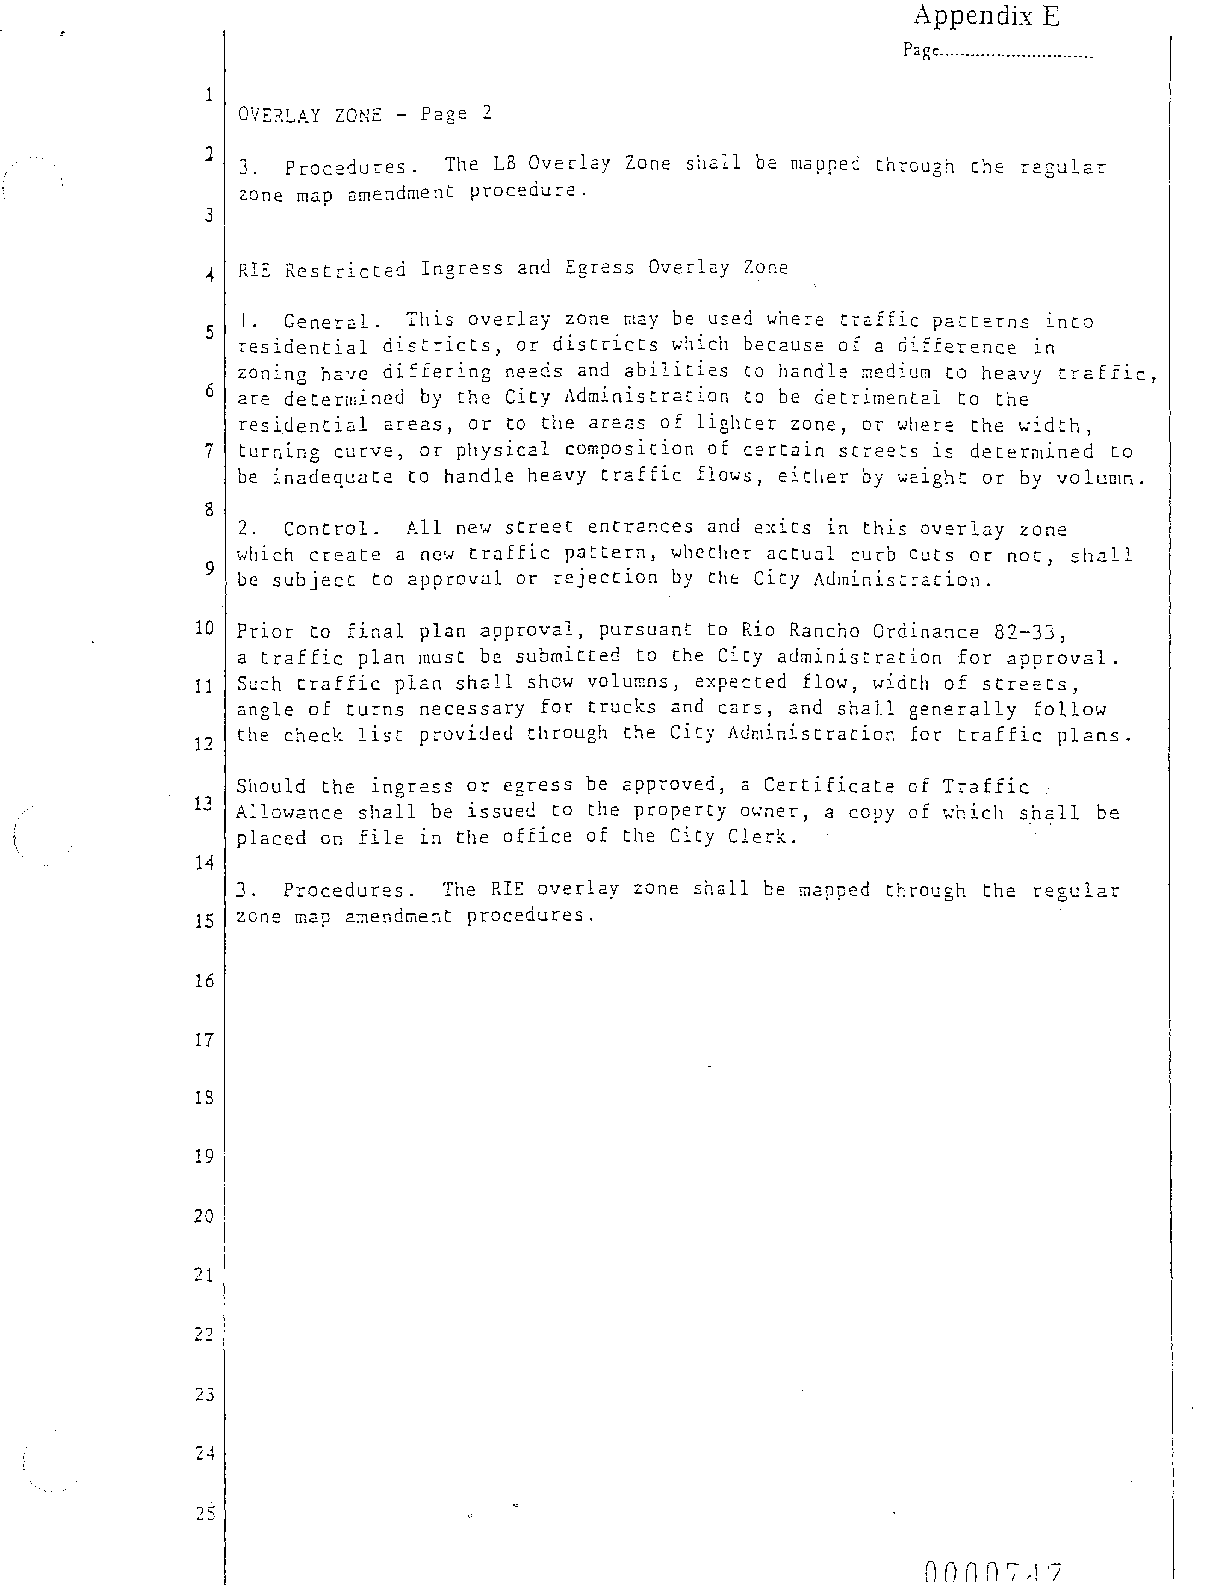
Appendix E
 Page ............................. .
 1
 OVERLAY ZONE - Page 2
 J.  Procedures. The LB Overlay ZOne shall be mapped through the regulc.r
 ZOne map amendment procedure.
 3
 RI~ Restricted Ingress and Egress Overlay Zone
 I. General. Tllis overlay zone may be used where traffic patterns into
 5
 residential districts, or districts which because of a OlIrerence in
 zoning have differing needs and abilities to handle medium to heavy traffic,
 6 are determineci by the City Administration to be detriment2.1 to the
 res ide n t i a 1 2. reas, 0 r tothe are as 0 f 1 i g 11 t e r Z 0 ne, 0 r wher e the ....... i d t h ,
 7 turning curve, or physical composition of certain streets is determined to
 be inadequ<1te to handle heavy traffic flows, either by wE:ight or by volumn.
 8
 2. Control. All new street entrances and exits in this overlay zone
 which create a nc',.; tr<1ffic pC3ttern, whether C3ctu.Jl curb Cuts or not, shall
 9
 be subject to approv<11 or rejection by the City Adrninistr2.ciol1.
 10 Prior to final plan approval, pursuant to Rio Rancho Ordinance 82-33,
 a traffic plan must be submitted to the City administration for approval.
 11 Such traffic plan shall show volumns, expected flow, ~.Jidth of streecs,
 angle of turns necessary for trucks and cars, and shall generally follow
 the check list provided through the Cit)' Administration Ear traffic plc.ns.
 12
 Should the ingress or egress be approved, a Certificate of Traffic
 13 Allm.JaTIce shall be issued to the property owner, a copy of which shall be
 placed On file in the office of the City Clerk.
 14
 J. Procedures. The RIE overlay ZOne shall be mapped through the regular
 15 zone map amendment procedures.
 16
 17
 18
 19
 20
 21
 22
 23
 24
 25